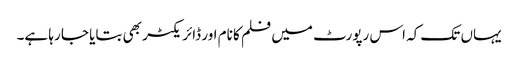
یہاں تک کہ اس رپورٹ میں فلم کا نام اور ڈائریکٹر بھی بتایا جا رہا ہے۔